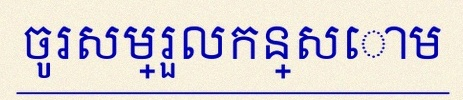
ចូរសម្រួលកន្សោម